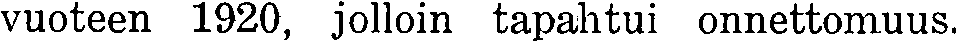
vuoteen 1920, jolloin tapahtui onnettomuus.